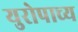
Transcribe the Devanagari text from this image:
युरोपाच्य